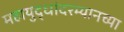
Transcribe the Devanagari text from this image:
महायुद्धांदरम्यानच्या